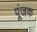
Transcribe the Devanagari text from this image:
पूंजक